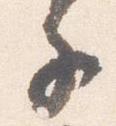
子